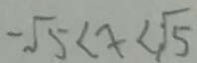
- \sqrt { 5 } < x < \sqrt { 5 }